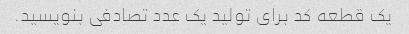
یک قطعه کد برای تولید یک عدد تصادفی بنویسید.